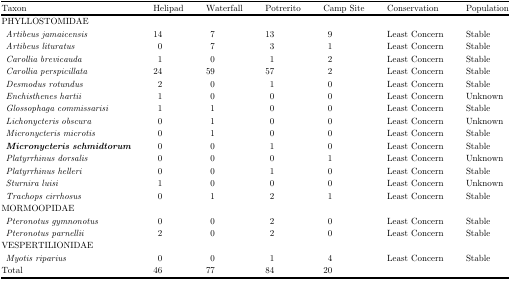
<table><thead><tr><td><b>Taxon</b></td><td><b>Helipad</b></td><td><b>Waterfall</b></td><td><b>Potrerito</b></td><td><b>Camp Site</b></td><td><b>Conservation</b></td><td><b>Population</b></td></tr></thead><tbody><tr><td>PHYLLOSTOMIDAE</td><td> </td><td> </td><td> </td><td> </td><td> </td><td> </td></tr><tr><td><i>Artibeus jamaicensis</i></td><td>14</td><td>7</td><td>13</td><td>9</td><td>Least Concern</td><td>Stable</td></tr><tr><td><i>Artibeus lituratus</i></td><td>0</td><td>7</td><td>3</td><td>1</td><td>Least Concern</td><td>Stable</td></tr><tr><td><i>Carollia brevicauda</i></td><td>1</td><td>0</td><td>1</td><td>2</td><td>Least Concern</td><td>Stable</td></tr><tr><td><i>Carollia perspicillata</i></td><td>24</td><td>59</td><td>57</td><td>2</td><td>Least Concern</td><td>Stable</td></tr><tr><td><i>Desmodus rotundus</i></td><td>2</td><td>0</td><td>1</td><td>0</td><td>Least Concern</td><td>Stable</td></tr><tr><td><i>Enchisthenes hartii</i></td><td>1</td><td>0</td><td>0</td><td>0</td><td>Least Concern</td><td>Unknown</td></tr><tr><td><i>Glossophaga commissarisi</i></td><td>1</td><td>1</td><td>0</td><td>0</td><td>Least Concern</td><td>Stable</td></tr><tr><td><i>Lichonycteris obscura</i></td><td>0</td><td>1</td><td>0</td><td>0</td><td>Least Concern</td><td>Unknown</td></tr><tr><td><i>Micronycteris microtis</i></td><td>0</td><td>1</td><td>0</td><td>0</td><td>Least Concern</td><td>Stable</td></tr><tr><td><i><b>Micronycteris schmidtorum</b></i></td><td>0</td><td>0</td><td>1</td><td>0</td><td>Least Concern</td><td>Stable</td></tr><tr><td><i>Platyrrhinus dorsalis</i></td><td>0</td><td>0</td><td>0</td><td>1</td><td>Least Concern</td><td>Unknown</td></tr><tr><td><i>Platyrrhinus helleri</i></td><td>0</td><td>0</td><td>1</td><td>0</td><td>Least Concern</td><td>Stable</td></tr><tr><td><i>Sturnira luisi</i></td><td>1</td><td>0</td><td>0</td><td>0</td><td>Least Concern</td><td>Unknown</td></tr><tr><td><i>Trachops cirrhosus</i></td><td>0</td><td>1</td><td>2</td><td>1</td><td>Least Concern</td><td>Stable</td></tr><tr><td>MORMOOPIDAE</td><td> </td><td> </td><td> </td><td> </td><td> </td><td> </td></tr><tr><td><i>Pteronotus gymnonotus</i></td><td>0</td><td>0</td><td>2</td><td>0</td><td>Least Concern</td><td>Stable</td></tr><tr><td><i>Pteronotus parnellii</i></td><td>2</td><td>0</td><td>2</td><td>0</td><td>Least Concern</td><td>Stable</td></tr><tr><td>VESPERTILIONIDAE</td><td> </td><td> </td><td> </td><td> </td><td> </td><td> </td></tr><tr><td><i>Myotis riparius</i></td><td>0</td><td>0</td><td>1</td><td>4</td><td>Least Concern</td><td>Stable</td></tr><tr><td>Total</td><td>46</td><td>77</td><td>84</td><td>20</td><td> </td><td> </td></tr></tbody></table>